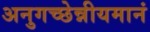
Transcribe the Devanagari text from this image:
अनुगच्छेन्नीयमानं